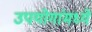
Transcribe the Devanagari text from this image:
उपयोगांमध्ये